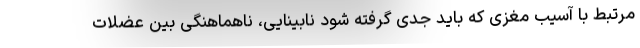
مرتبط با آسیب مغزی که باید جدی گرفته شود نابینایی، ناهماهنگی بین عضلات